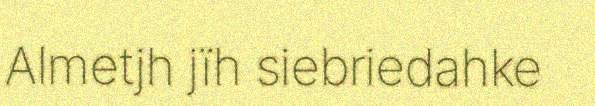
Almetjh jïh siebriedahke